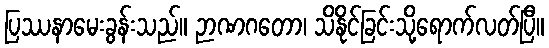
ပြဿနာမေးခွန်းသည်။ ဉာဏဂတော၊ သိနိုင်ခြင်းသို့ရောက်လတ်ပြီ။